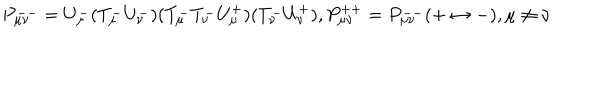
LaTeX: P _ { \mu \nu } ^ { -- } = U _ { \mu } ^ { - } ( T _ { \mu } ^ { - } U _ { \nu } ^ { - } ) ( T _ { \mu } ^ { - } T _ { \nu } ^ { - } U _ { \mu } ^ { + } ) ( T _ { \nu } ^ { - } U _ { \nu } ^ { + } ) , P _ { \mu \nu } ^ { + + } = P _ { \mu \nu } ^ { -- } ( + \leftrightarrow - ) , \mu \neq \nu